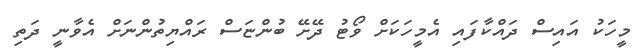
މީހަކު އައިސް ދައްކާފައި އެމީހަކަށް ވޯޓު ދޭށޭ ބުންޏަސް ރައްޔިތުންނަށް އެވާނީ ދަތި